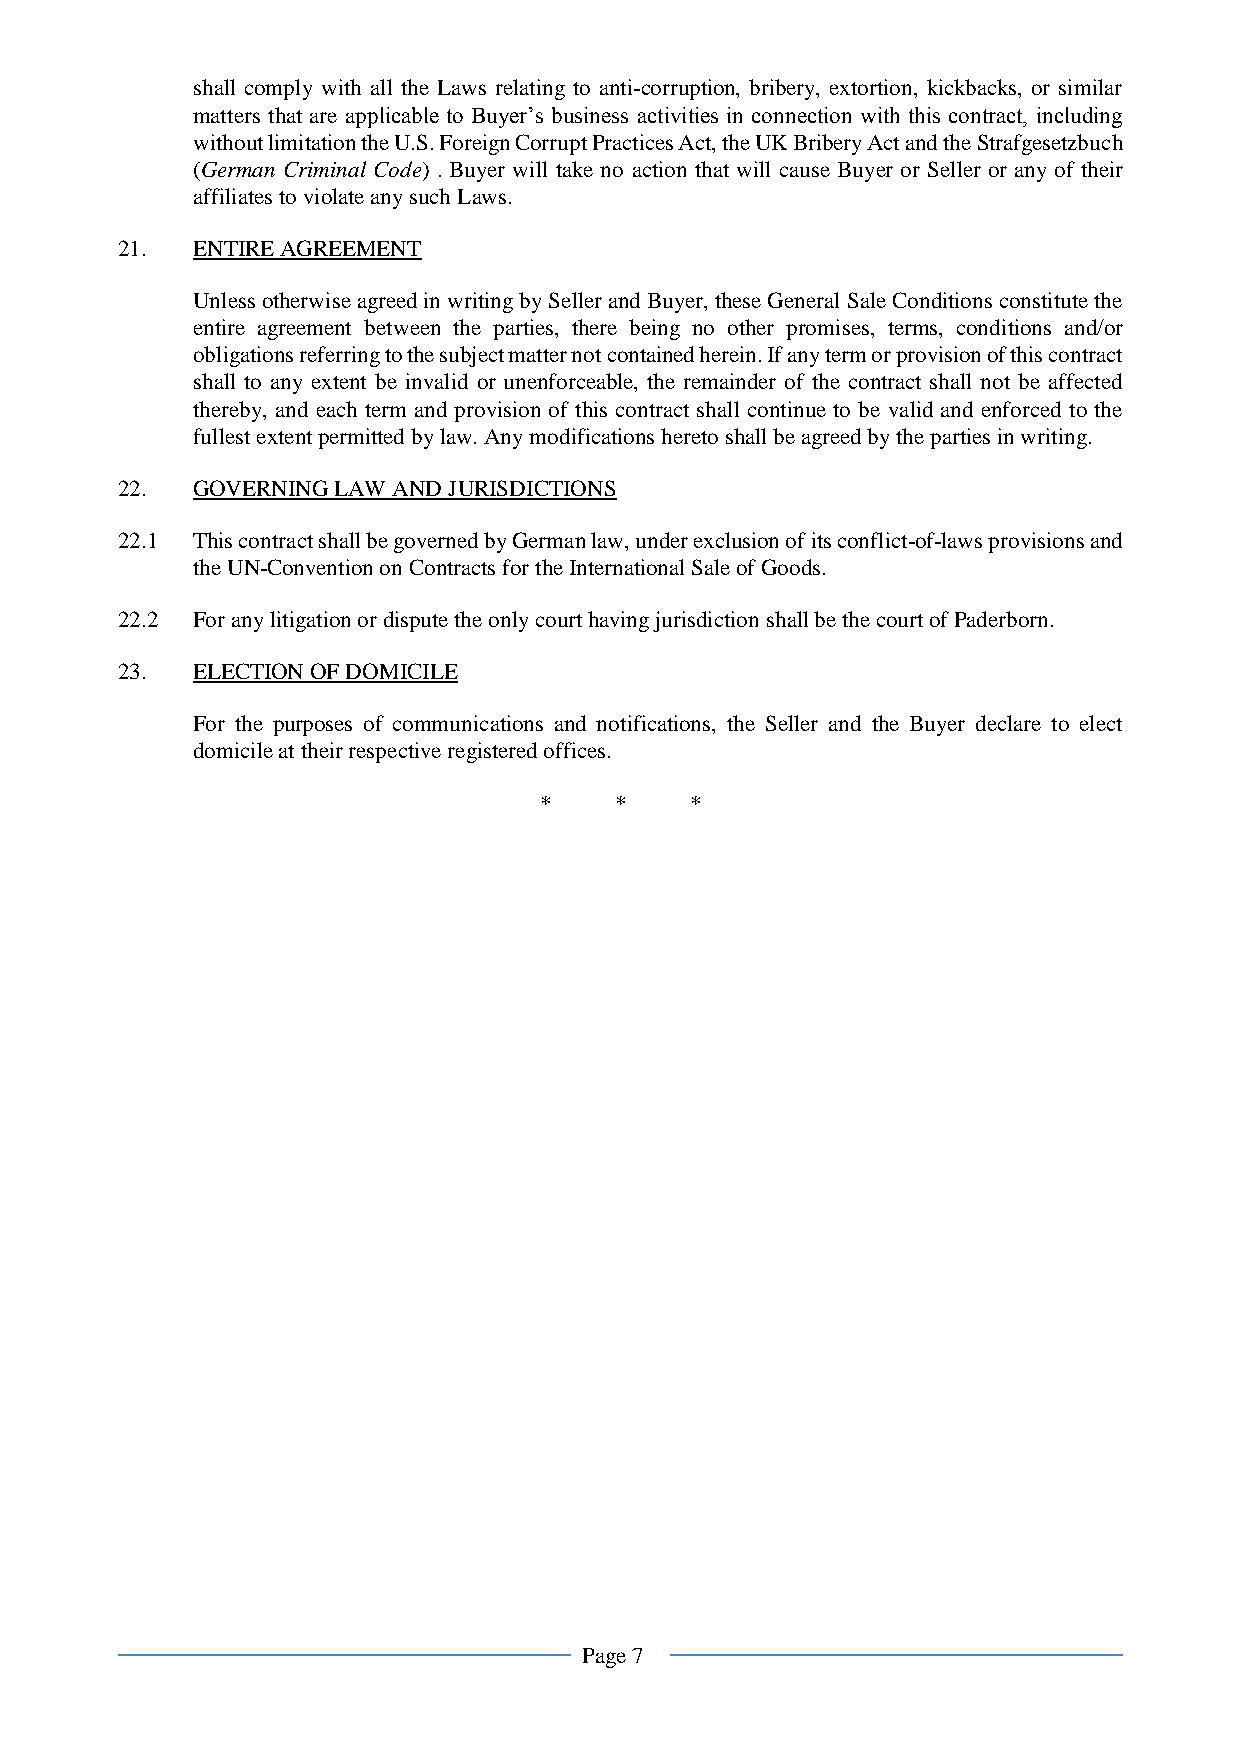
shall comply with all the Laws relating to anti-corruption, bribery, extortion, kickbacks, or similar
 matters that are applicable to Buyer’s business activities in connection with this contract, including
 without limitation the U.S. Foreign Corrupt Practices Act, the UK Bribery Act and the Strafgesetzbuch
 (German Criminal Code) . Buyer will take no action that will cause Buyer or Seller or any of their
 affiliates to violate any such Laws.
 21.  ENTIRE AGREEMENT
 Unless otherwise agreed in writing by Seller and Buyer, these General Sale Conditions constitute the
 entire agreement between the parties, there being no other promises, terms, conditions and/or
 obligations referring to the subject matter not contained herein. If any term or provision of this contract
 shall to any extent be invalid or unenforceable, the remainder of the contract shall not be affected
 thereby, and each term and provision of this contract shall continue to be valid and enforced to the
 fullest extent permitted by law. Any modifications hereto shall be agreed by the parties in writing.
 22.  GOVERNING LAW AND JURISDICTIONS
 22.1 This contract shall be governed by German law, under exclusion of its conflict-of-laws provisions and
 the UN-Convention on Contracts for the International Sale of Goods.
 22.2 For any litigation or dispute the only court having jurisdiction shall be the court of Paderborn.
 23.  ELECTION OF DOMICILE
 For the purposes of communications and notifications, the Seller and the Buyer declare to elect
 domicile at their respective registered offices.
 *    *    *
 Page 7